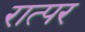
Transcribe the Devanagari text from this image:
रात्पर